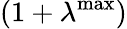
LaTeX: (1+\lambda^{\operatorname*{max}})